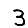
Digit: 3